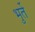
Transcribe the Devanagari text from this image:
भुर्ते